Vaccination in Bombay 1924-1928 - 1924-1928
Year: 1924
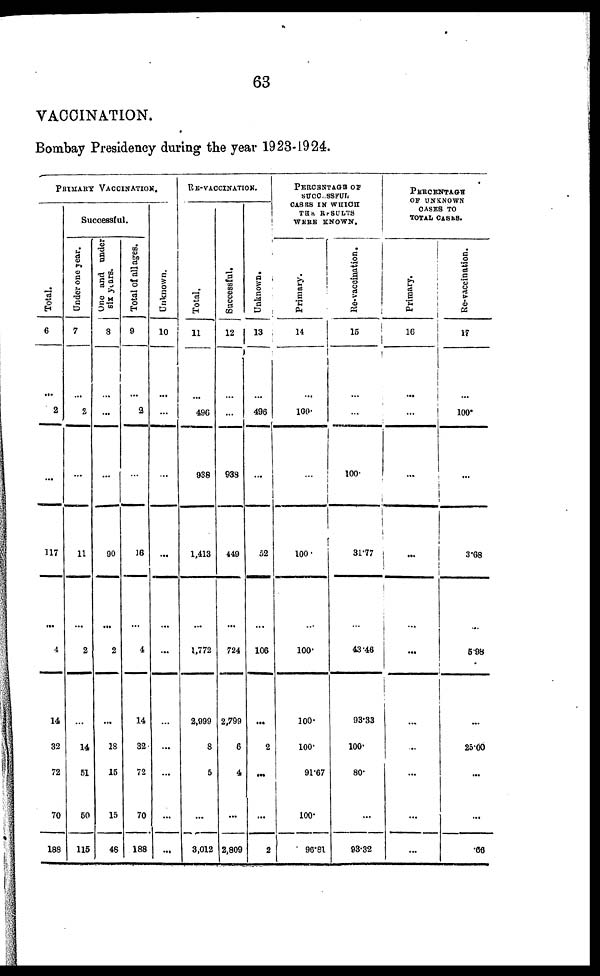
63
VACCINATION.
Bombay Presidency during the year 1923-1924.
PRIMARY VACCINATION.
Total.
6
...
2
...
117
...
4
14
32
72
70
188
Successful.
Under one year.
7
...
2
...
11
...
2
...
14
51
50
115
One and under
six years.
8
...
...
...
90
...
2
...
18
15
15
48
Total of all ages.
9
...
2
...
16
...
4
14
32
72
70
188
Un k n o wn .
10
...
...
...
...
...
...
...
...
...
...
...
RE-VACCINATION.
Total.
11
...
496
938
1,413
...
1,772
2,999
8
5
...
3,012
Successful.
12
...
...
938
449
...
724
2,799
6
4
...
2,809
Un k n o wn .
13
...
496
...
52
...
106
...
2
...
...
2
PERCENTAGE OF
SUCCESSFUL
CASES IN WHICH
THE RESULTS
WERE KNOWN.
Primary.
14
...
100.
...
100.
...
100.
100.
100.
91.67
100.
96.81
Re-vaccination.
15
...
...
100.
31.77
...
43.46
93.33
100.
80.
...
93.32
PERCENTAGE
OF UNKNOWN
CASES TO
TOTAL CASES.
Primary.
16
...
...
...
...
...
...
...
...
...
...
...
Re-vaccination.
17
...
100.
...
3.68
...
5.98
...
25.00
...
...
.66